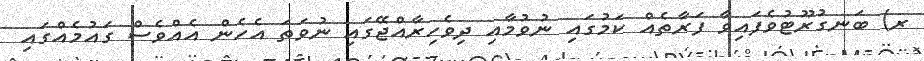
ރ) ބަނގުރޫޓުވެފައިވާ ފަރާތެއް ކަމުގައި ނުވުމާއި ދިވެހިރާއްޖޭގައި ނުވަތަ އެހެން އެއްވެސް ގައުމެއްގައި